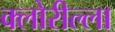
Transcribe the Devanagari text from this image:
क्लोरील्ला